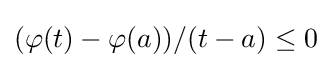
(\varphi (t)-\varphi (a))/(t-a)\leq 0